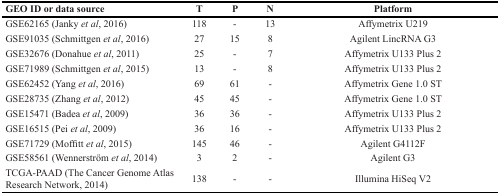
<table><thead><tr><td><b>GEO ID or data source</b></td><td><b>T</b></td><td><b>P</b></td><td><b>N</b></td><td><b>Platform</b></td></tr></thead><tbody><tr><td>GSE62165 (Janky <i>et al</i>, 2016)</td><td>118</td><td>-</td><td>13</td><td>Affymetrix U219</td></tr><tr><td>GSE91035 (Schmittgen <i>et al</i>, 2016)</td><td>27</td><td>15</td><td>8</td><td>Agilent LincRNA G3</td></tr><tr><td>GSE32676 (Donahue <i>et al</i>, 2011)</td><td>25</td><td>-</td><td>7</td><td>Affymetrix U133 Plus 2</td></tr><tr><td>GSE71989 (Schmittgen <i>et al</i>, 2015)</td><td>13</td><td>-</td><td>8</td><td>Affymetrix U133 Plus 2</td></tr><tr><td>GSE62452 (Yang <i>et al</i>, 2016)</td><td>69</td><td>61</td><td>-</td><td>Affymetrix Gene 1.0 ST</td></tr><tr><td>GSE28735 (Zhang <i>et al</i>, 2012)</td><td>45</td><td>45</td><td>-</td><td>Affymetrix Gene 1.0 ST</td></tr><tr><td>GSE15471 (Badea <i>et al</i>, 2009)</td><td>36</td><td>36</td><td>-</td><td>Affymetrix U133 Plus 2</td></tr><tr><td>GSE16515 (Pei <i>et al</i>, 2009)</td><td>36</td><td>16</td><td>-</td><td>Affymetrix U133 Plus 2</td></tr><tr><td>GSE71729 (Moffitt <i>et al</i>, 2015)</td><td>145</td><td>46</td><td>-</td><td>Agilent G4112F</td></tr><tr><td>GSE58561 (Wennerström <i>et al</i>, 2014)</td><td>3</td><td>2</td><td>-</td><td>Agilent G3</td></tr><tr><td>TCGA-PAAD (The Cancer Genome Atlas Research Network, 2014)</td><td>138</td><td>-</td><td>-</td><td>Illumina HiSeq V2</td></tr></tbody></table>